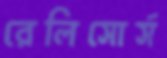
রেলিসোর্স